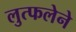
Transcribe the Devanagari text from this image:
लुत्फलेने